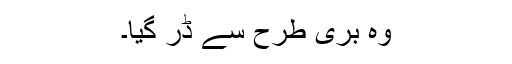
وہ بری طرح سے ڈر گیا۔